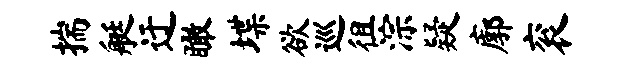
揣艇迂瞰堞欲巡徂淙疑廓衮